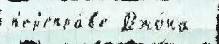
п'ер'епра́в'е Джо́на